38_143685_box7_Incident_Summaries_1-100
Agency: Department of War
Page 71
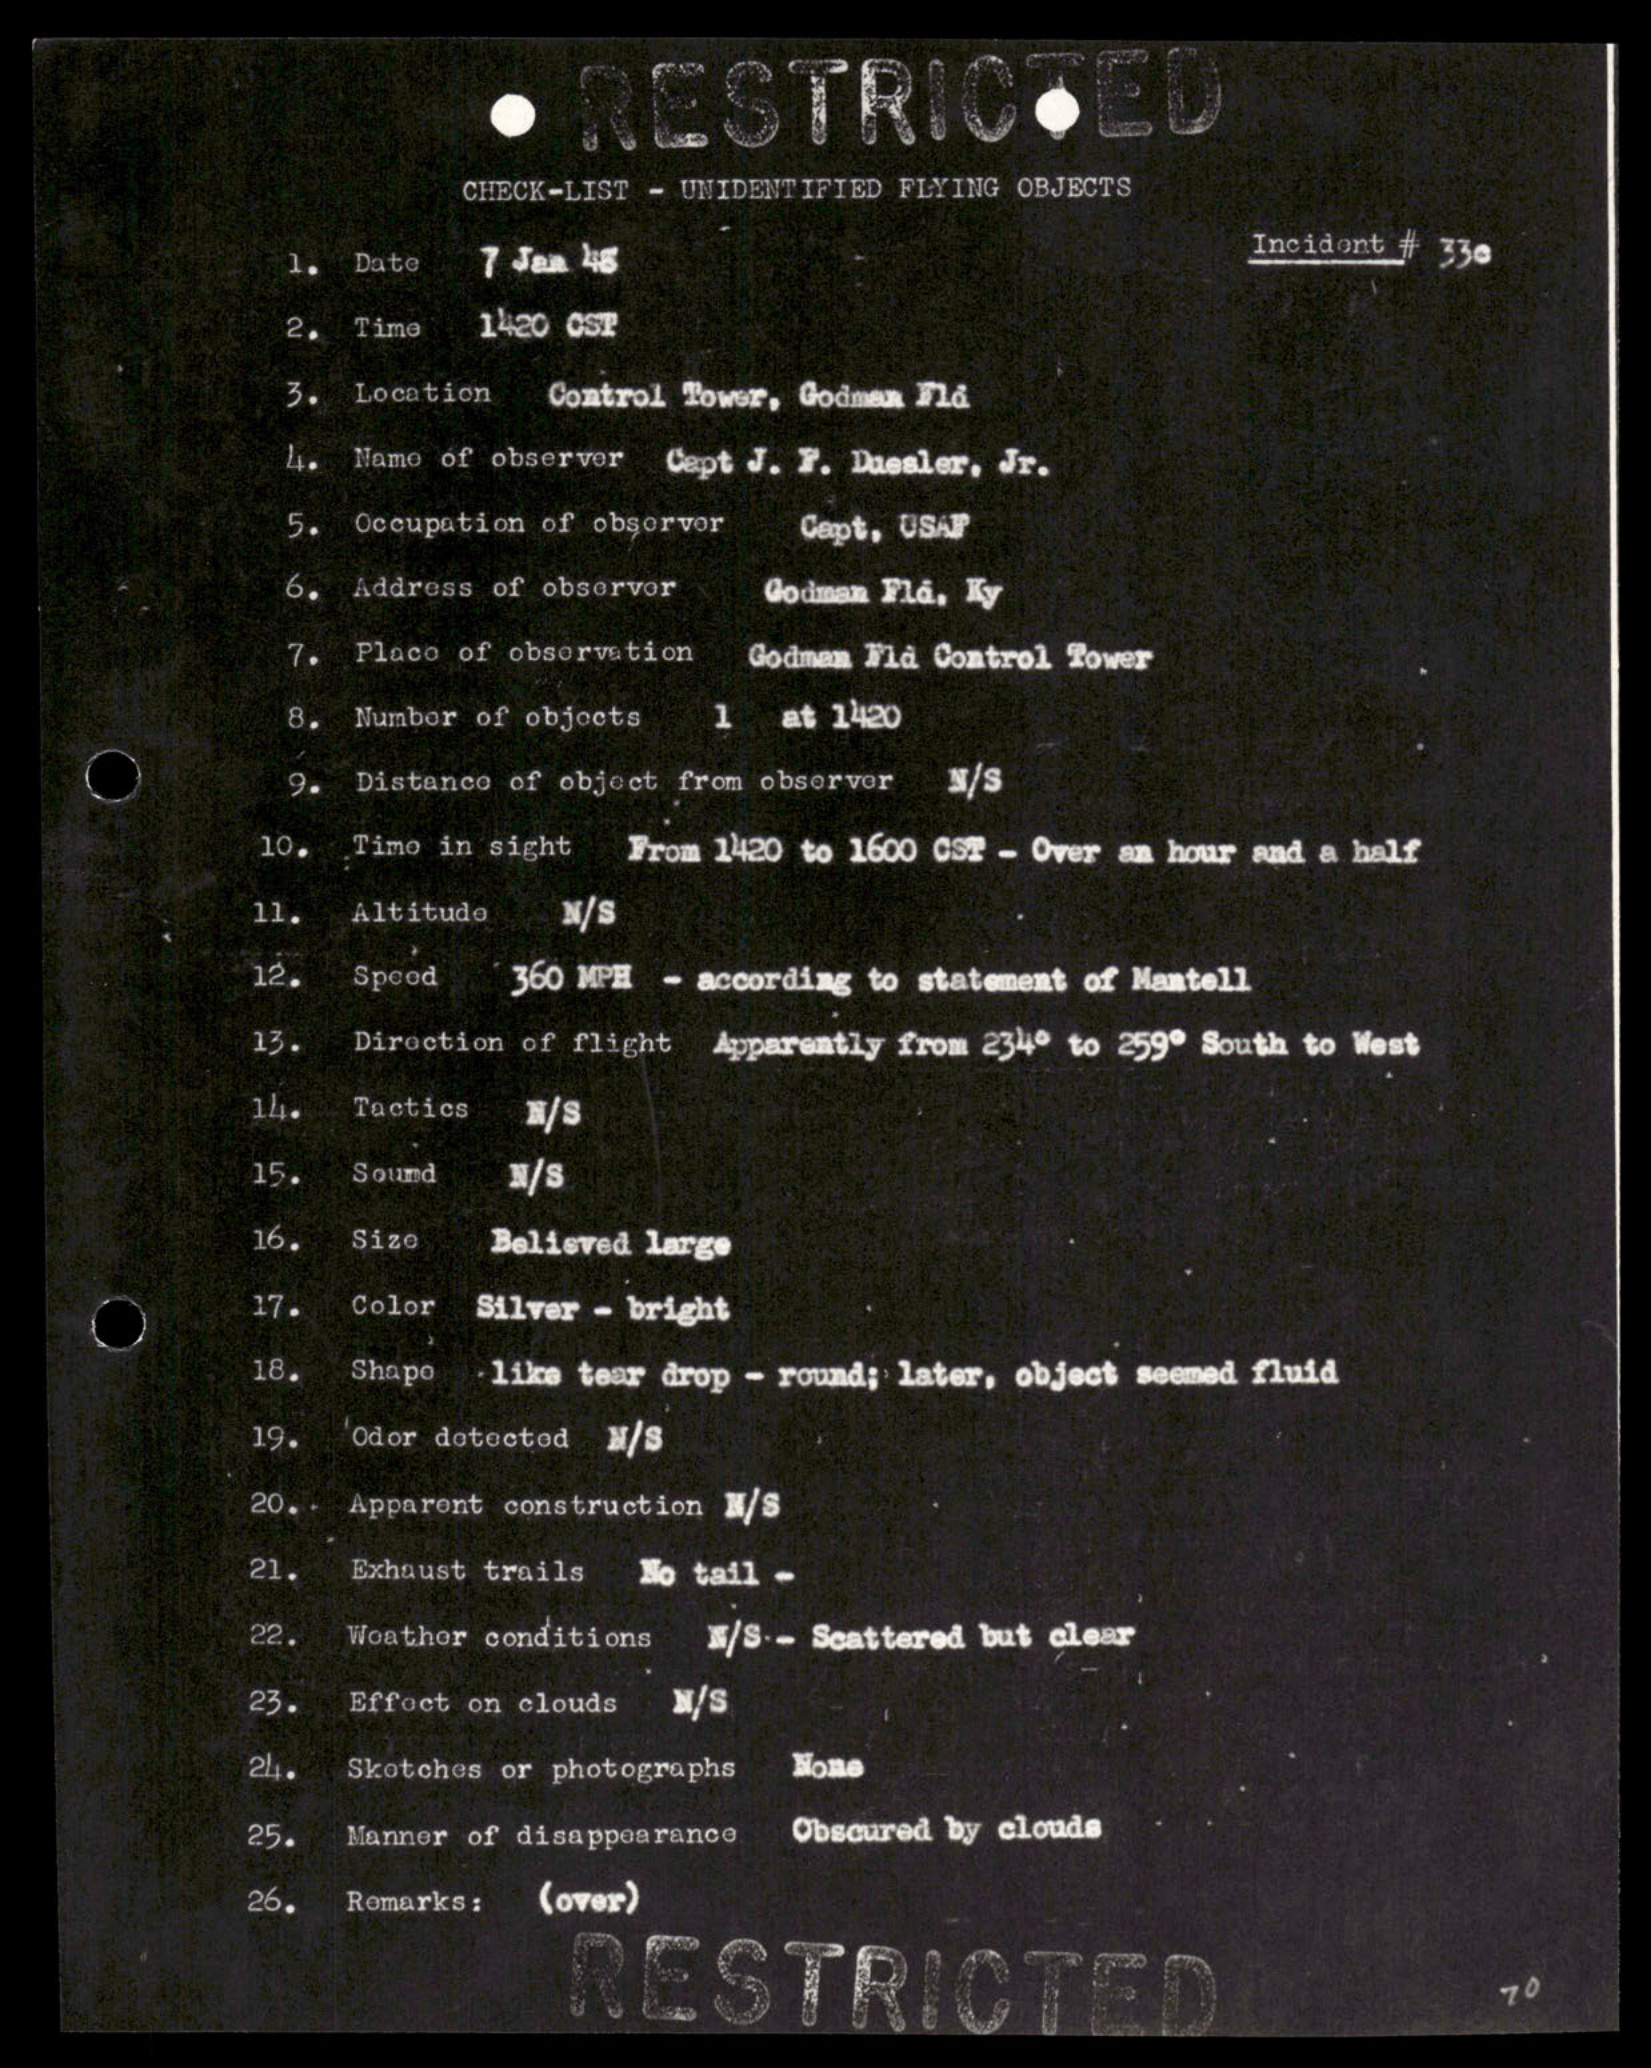